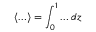
\langle \ldots \rangle = \int _ { 0 } ^ { 1 } \ldots d z